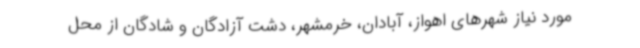
مورد نیاز شهرهای اهواز، آبادان، خرمشهر، دشت آزادگان و شادگان از محل